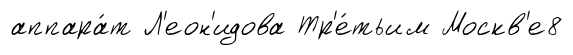
аппара́т Л'еон'идова Тр'е́тьим Москв'е8